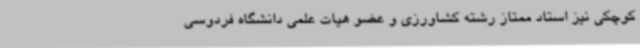
کوچکی نیز استاد ممتاز رشته کشاورزی و عضو هیات علمی دانشگاه فردوسی